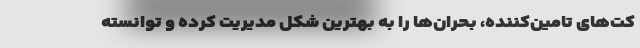
کت‌های تامین‌کننده، بحران‌ها را به بهترین شکل مدیریت کرده و توانسته